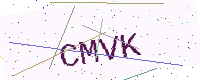
Text: CMVK